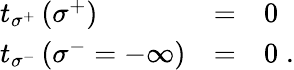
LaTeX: \begin{array}{lcl}{{t_{\sigma^{+}}\left(\sigma^{+}\right)}}&{{=}}&{{0}}\\ {{t_{\sigma^{-}}\left(\sigma^{-}=-\infty\right)}}&{{=}}&{{0\; .}}\end{array}